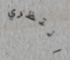
انتظري